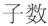
子数